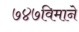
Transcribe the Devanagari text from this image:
७४७विमाने